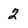
Character: 2